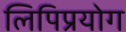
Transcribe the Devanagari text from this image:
लिपिप्रयोग